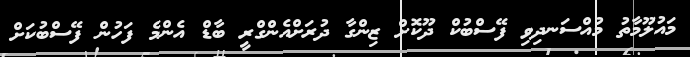
މައުލޫމާތު މުއްސަނދިވި ފޭސްބުކް ދޫކޮށް ޒިންގާ ދުރަށްއެންގްރީ ބާޑް އެންމެ ފަހުން ފޭސްބުކަށް